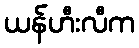
ယန်ဟီးလီက